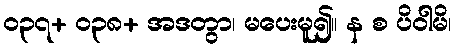
၀၃၇+ ၀၃၈+ အဒတွာ၊ မပေးမူ၍။ န စ ပိဝါမိ၊